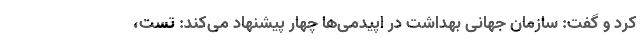
کرد و گفت: سازمان جهانی بهداشت در اپیدمی‌ها چهار پیشنهاد می‌کند: تست،